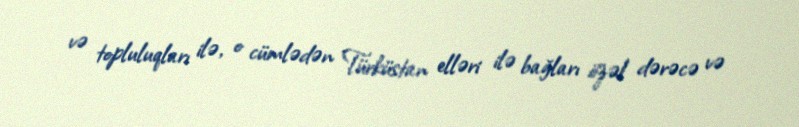
və topluluqları ilə, o cümlədən Türküstan elləri ilə bağları özəl dərəcə və